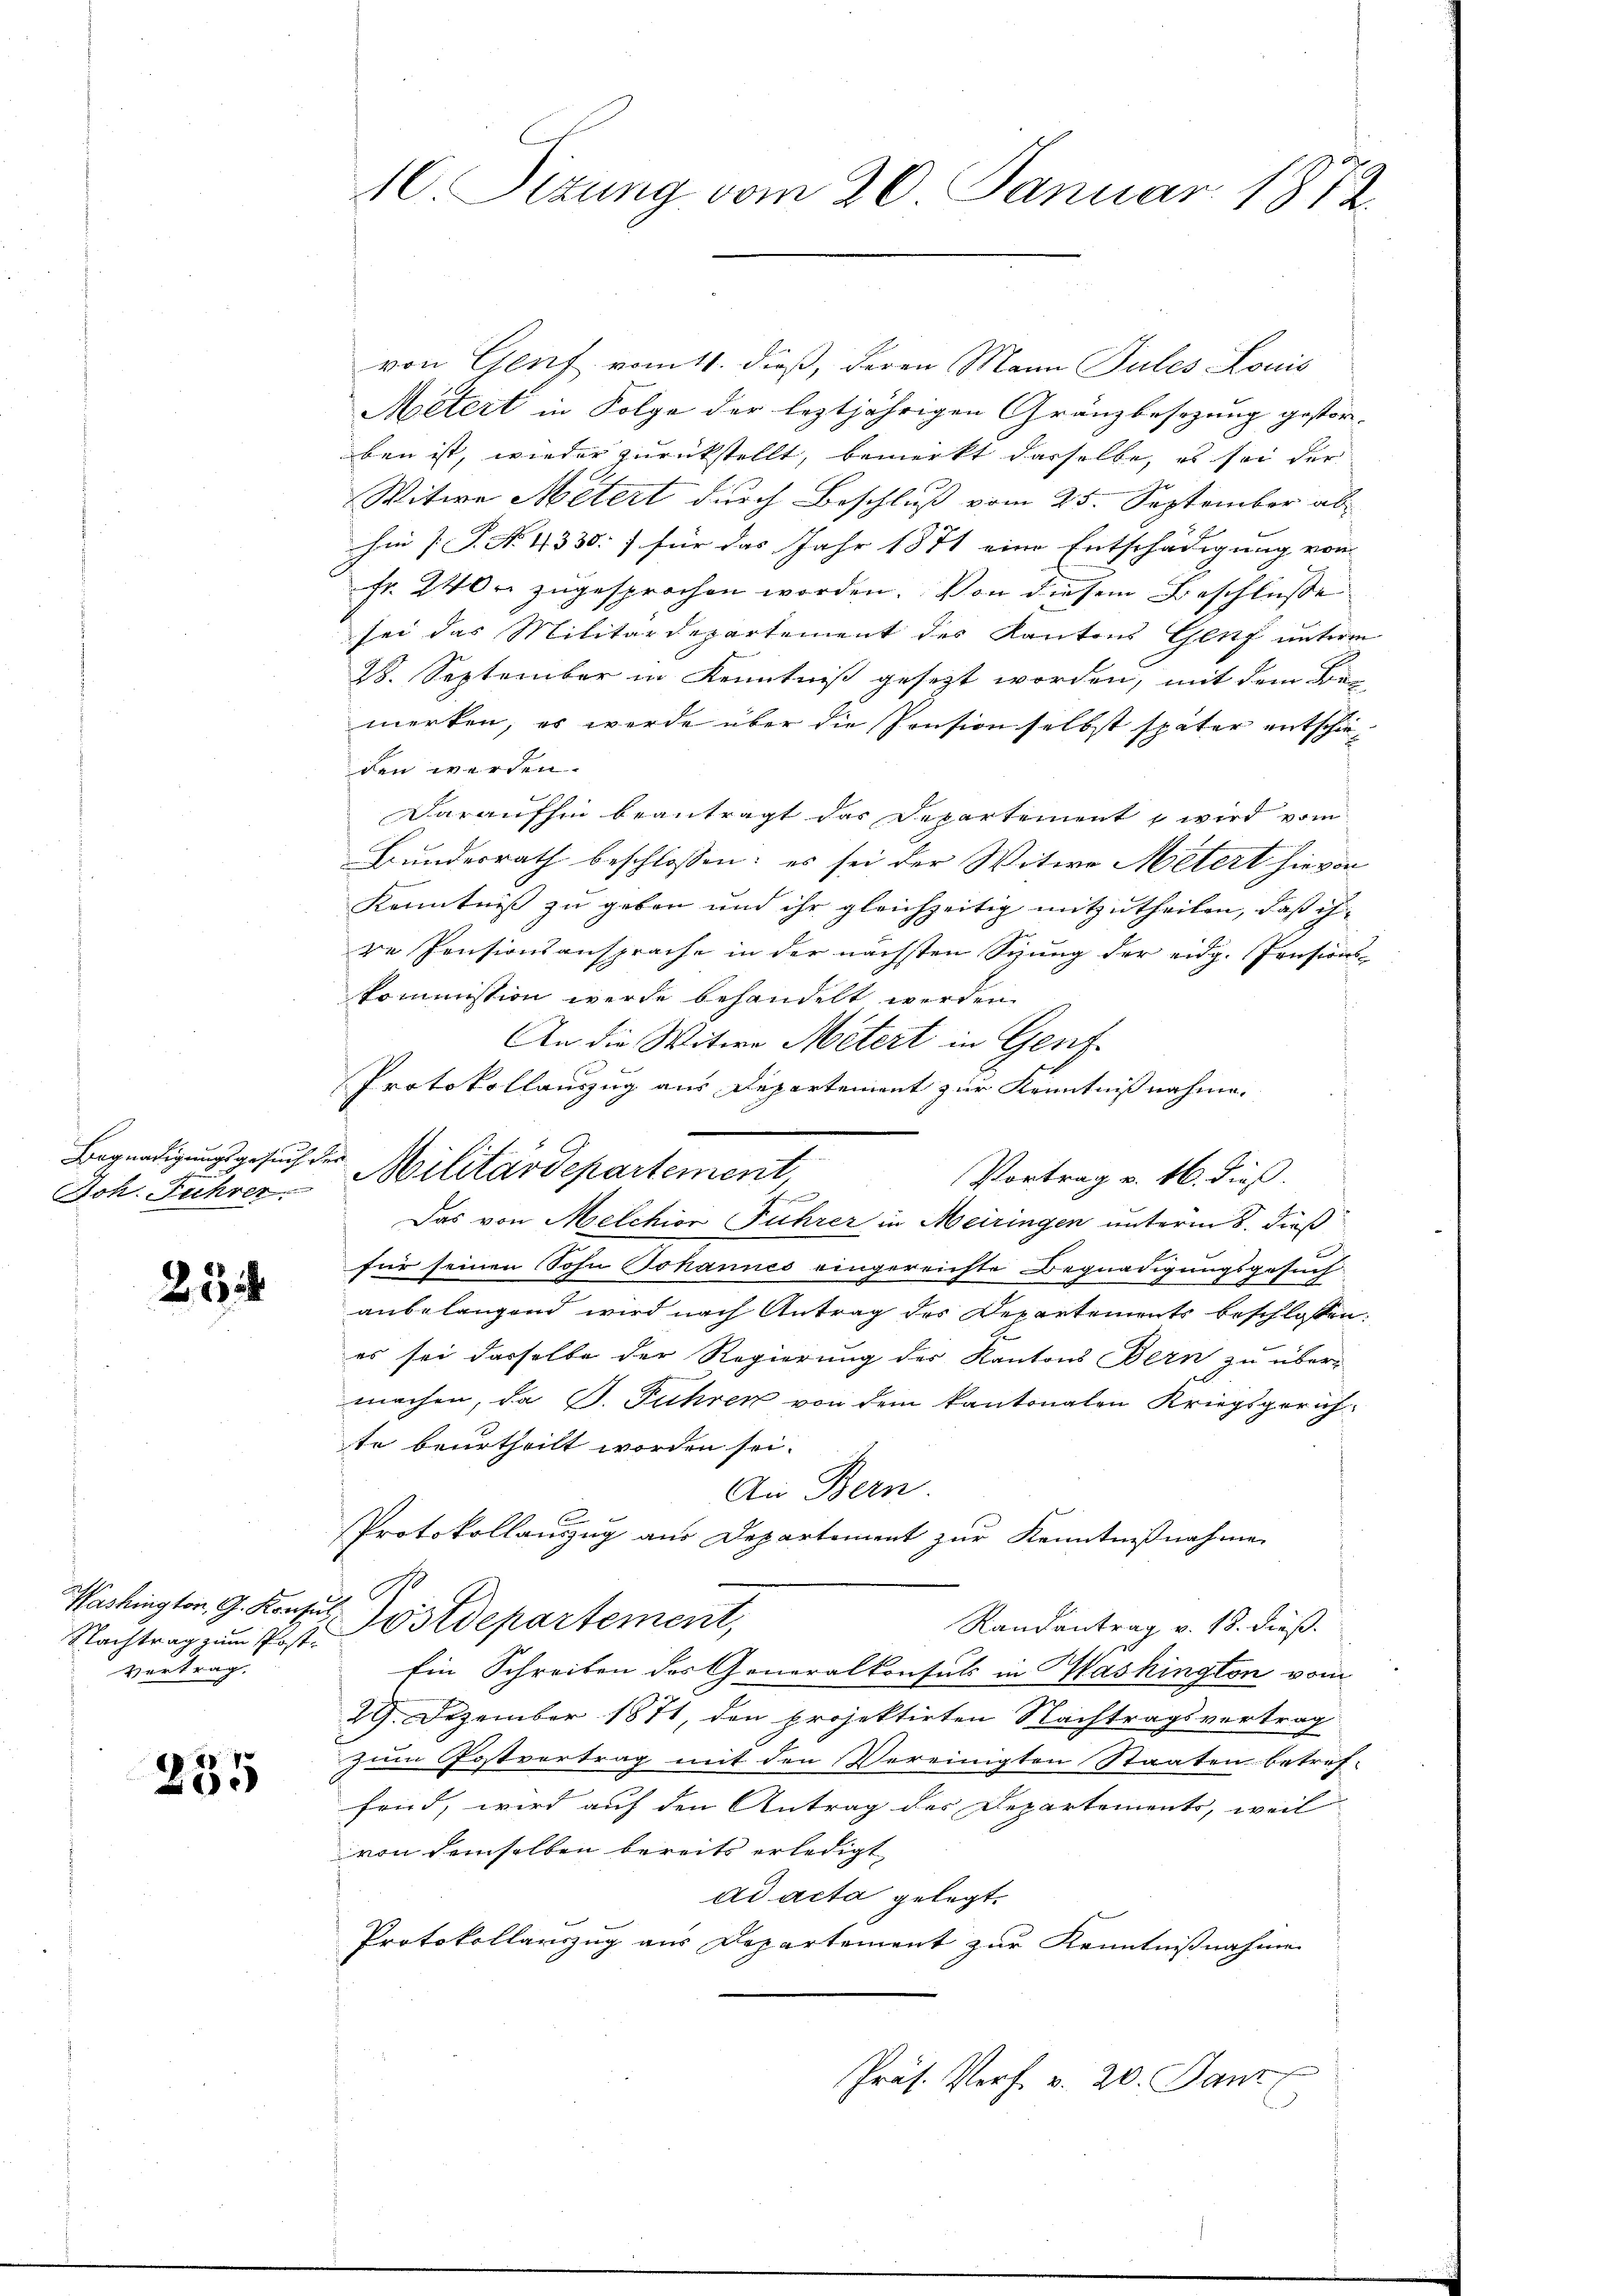
Joh. Fuhrer.

25

Nachtrag zum Post¬
Vertrag.

235

10. Sizung vom 26. Januar 1872.

von Genf vom 11. dieß, deren Mann Pules Louis
Metert in Folge der leztjährigen Gränzbesezung gestör-
ben ist, wieder zurückstellt, bemerkt derselbe, es sei der
Witwe Metert durch Beschluss vom 25. September ab- |
hin [S. N. 4330:) für das Jahr 1871 eine Entschädigung von |
fr. 240. zugesprochen worden. Von diesem Beschlüße
sei das Militärdepartement des Kantons Genf unterm
28. September in Kenntniß gesezt worden, mit dem Bemerken, es werde über die Pension selbst später entschieden werden.
Daraufhin beantragt das Departement, wird vom
Bundesrath beschlossen: es sei der Witwe Metert hievon
Kenntniß zu geben und ihr gleichzeitig mitzutheilen, daß ih
re Pensionsansprache in der nächsten Sizung der eidg. Pensions-
kommission werde behandelt werden.
An die Witwe Metert in Genf
f
Protokollauszug aus Departement zur Kenntnißnahme.
Begnadigungsgesuch der Militärdepartement,
Vortrag v. 16. dieß.
Das von Melchior Fuhrer in Meiringen unterm 5. dieß
für seinen Sohn Johannes eingereichte Begnadigungsgesuch
anbelangend wird nach Antrag des Departements beschlossen:
es sei dasselbe der Regierung des Kantons Bern zu übermachen, da B. Führen von dem kantonalen Kriegsgerichte beurtheilt worden sei.
An Bern.
u
Protokollauszug aus Departement zur Kenntnißnahme
Washington G. Konsul Postdepartement,
Randantrag v. 18. dieß.
Ein Schreiben des Generalkonsuls in Washington vom
29. Dezember 1871, den projektirten Nachtragsvertrag
zum Postvertrag mit den Vereinigten Staaten betref-
frid, wird auf den Antrag des Departements, weil
von demselben bereits erledigt
ad acta gelegt.
Protokollauszug aus Departement zur Kenntnißnahme
Präs. Vorf. v. 20. Janz